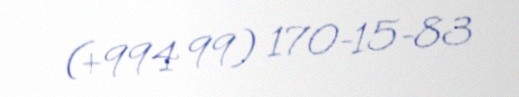
(+994 99) 170-15-83